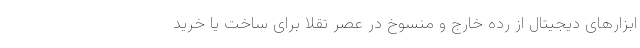
ابزارهای دیجیتال از رده خارج و منسوخ در عصر تقلا برای ساخت یا خرید